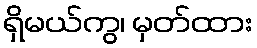
ရှိမယ်ကွ၊ မှတ်ထား